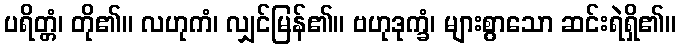
ပရိတ္တံ၊ တို၏။ လဟုကံ၊ လျှင်မြန်၏။ ဗဟုဒုက္ခံ၊ များစွာသော ဆင်းရဲရှိ၏။